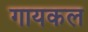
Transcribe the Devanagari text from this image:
गायकल